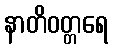
နာတိဝတ္တရေ